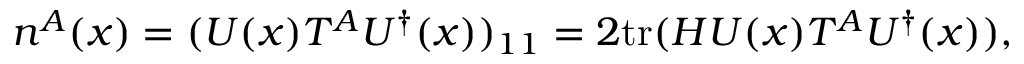
n ^ { A } ( x ) = ( U ( x ) T ^ { A } U ^ { \dagger } ( x ) ) _ { 1 1 } = 2 \mathrm { t r } ( { \cal H } U ( x ) T ^ { A } U ^ { \dagger } ( x ) ) ,